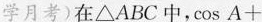
学月考)在△ABC中，$$\cos A +